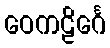
ဝေကဠိင်္ဂေ